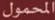
المحمول